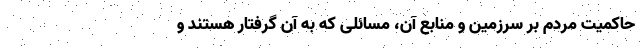
حاکمیت مردم بر سرزمین و منابع آن‌، مسائلی که به آن گرفتار هستند و